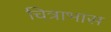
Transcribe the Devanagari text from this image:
चित्राभास